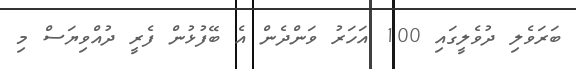
ބަރަވެލި ދުވެލީގައި 100 އަހަރު ވަންދެން އެ ބޭފުޅުން ފެރީ ދުއްވިޔަސް މި